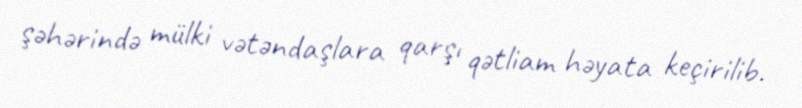
şəhərində mülki vətəndaşlara qarşı qətliam həyata keçirilib.